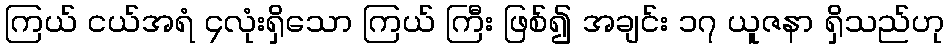
ကြယ် ငယ်အရံ ၄လုံးရှိသော ကြယ် ကြီး ဖြစ်၍ အချင်း ၁၇ ယူဇနာ ရှိသည်ဟု